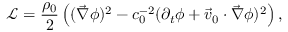
\mathcal { L } = \frac { \rho _ { 0 } } { 2 } \left( ( \vec { \nabla } \phi ) ^ { 2 } - c _ { 0 } ^ { - 2 } ( \partial _ { t } \phi + \vec { v } _ { 0 } \cdot \vec { \nabla } \phi ) ^ { 2 } \right) ,